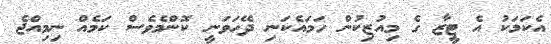
އެކަމަކު އެ ޓީޒާ ގެ މިއުޒިކުން ހަމައެކަނި ދޭހަވަނީ ކޮންމެވެސް ކަމެއް ނިމިއްޖެ